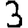
Digit: 3